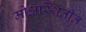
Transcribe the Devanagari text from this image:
मोक्षस्थितीत